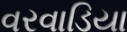
વરવાડિયા